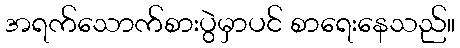
အရက်သောက်စားပွဲမှာပင် စာရေးနေသည်။